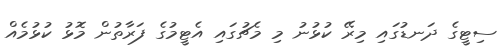
ސިޓީގެ ދަނޑުގައި މިރޭ ކުޅުނު މި މެޗުގައި އެޓީމުގެ ފަރާތުން މޮޅު ކުޅުމެއް